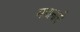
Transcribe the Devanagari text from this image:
महानारी